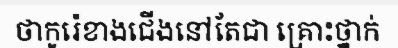
ថាកូរ៉េខាងជើងនៅតែជា គ្រោះថ្នាក់